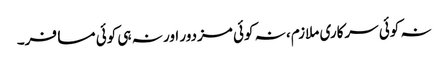
نہ کوئی سرکاری ملازم، نہ کوئی مزدور اور نہ ہی کوئی مسافر۔